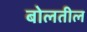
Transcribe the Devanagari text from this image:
बोलतील